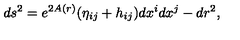
d s ^ { 2 } = e ^ { 2 A ( r ) } ( \eta _ { i j } + h _ { i j } ) d x ^ { i } d x ^ { j } - d r ^ { 2 } ,